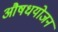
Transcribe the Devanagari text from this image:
औषधयोजन